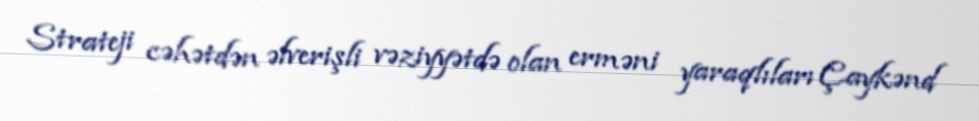
Strateji cəhətdən əlverişli vəziyyətdə olan erməni yaraqlıları Çaykənd